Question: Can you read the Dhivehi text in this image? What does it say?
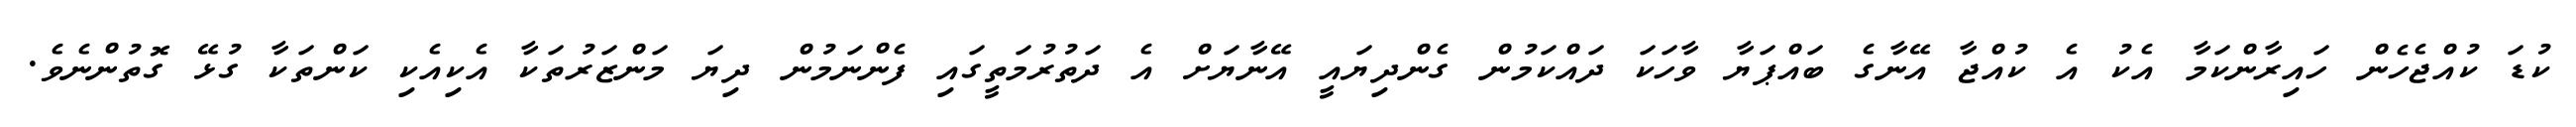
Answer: ކުޑަ ކުއްޖެހެން ހައިރާންކަމާ އެކު އެ ކުއްޖާ އޭނާގެ ބައްޕަޔާ ވާހަކަ ދައްކަމުން ގެންދިޔައީ އޭނާޔަށް އެ ދަތުރުމަތީގައި ފެންނަމުން ދިޔަ މަންޒަރުތަކާ އެކިއެކި ކަންތަކާ ގުޅޭ ގޮތުންނެވެ.